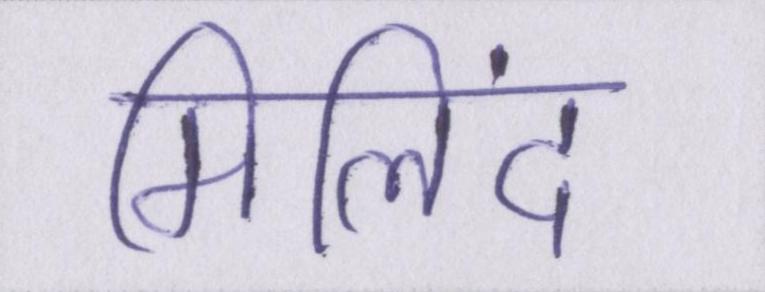
मिलिंद